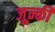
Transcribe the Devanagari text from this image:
जून्की